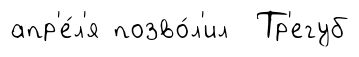
апр'е́л'я позво́л'ил Тр'егуб